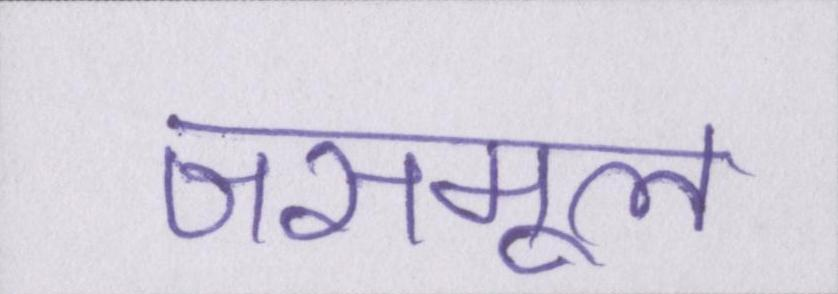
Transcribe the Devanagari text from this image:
जसमूल